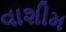
વાશીમ